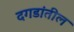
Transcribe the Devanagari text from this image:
दगडांतील